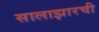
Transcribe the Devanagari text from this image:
सालाझारची